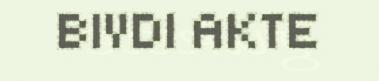
BIVDI AKTE